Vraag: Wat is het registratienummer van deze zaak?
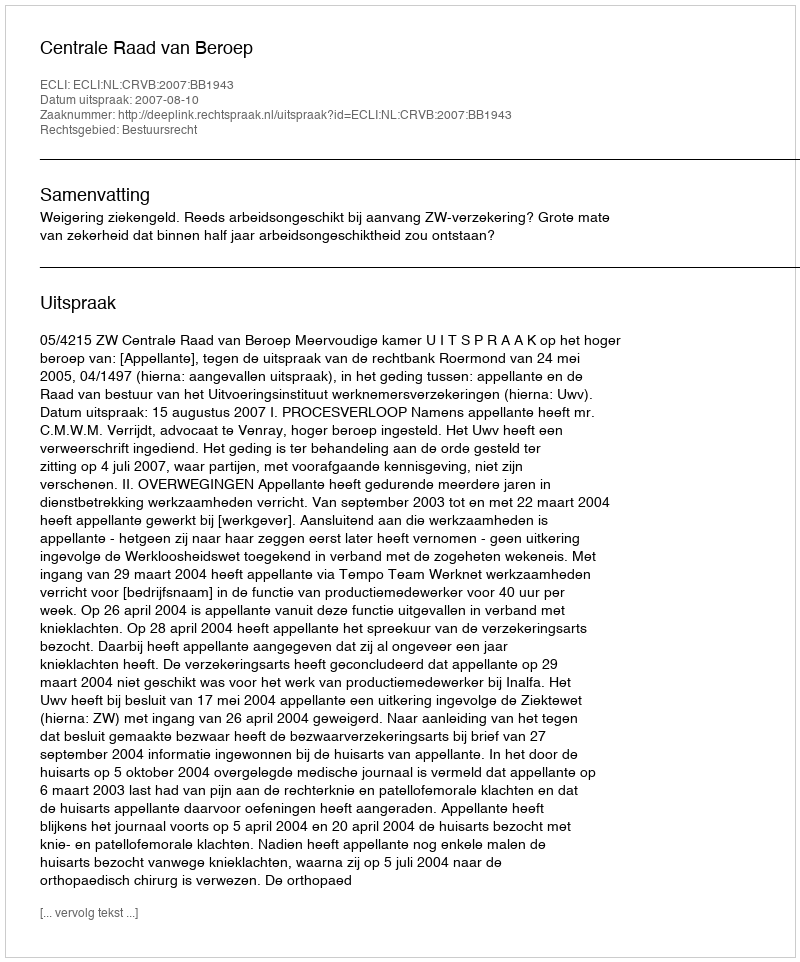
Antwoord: http://deeplink.rechtspraak.nl/uitspraak?id=ECLI:NL:CRVB:2007:BB1943